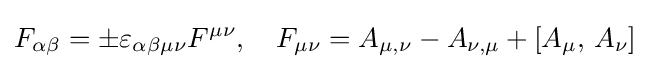
F_{\alpha \beta }=\pm \varepsilon _{\alpha \beta \mu \nu }F^{\mu \nu },\quad F_{\mu \nu }=A_{\mu ,\nu }-A_{\nu ,\mu }+[A_{\mu },\,A_{\nu }]